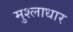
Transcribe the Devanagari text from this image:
मुश्लाधार